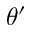
\theta ^ { \prime }